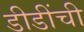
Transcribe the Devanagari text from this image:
डीडींची